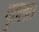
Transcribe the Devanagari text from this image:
पुतला।